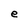
Character: e